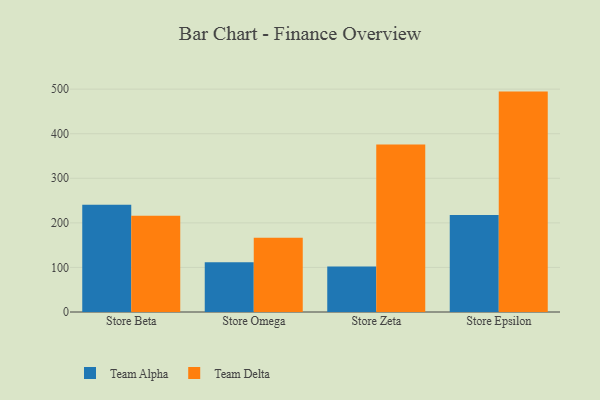
{"axis": {"x": "Store", "y": "Satisfaction Score"}, "legend": ["Team Alpha", "Team Delta"], "data": [{"x": "Store Beta", "y": 240.6, "type": "Team Alpha"}, {"x": "Store Beta", "y": 215.9, "type": "Team Delta"}, {"x": "Store Omega", "y": 111.6, "type": "Team Alpha"}, {"x": "Store Omega", "y": 166.4, "type": "Team Delta"}, {"x": "Store Zeta", "y": 102.0, "type": "Team Alpha"}, {"x": "Store Zeta", "y": 375.8, "type": "Team Delta"}, {"x": "Store Epsilon", "y": 217.5, "type": "Team Alpha"}, {"x": "Store Epsilon", "y": 494.5, "type": "Team Delta"}]}